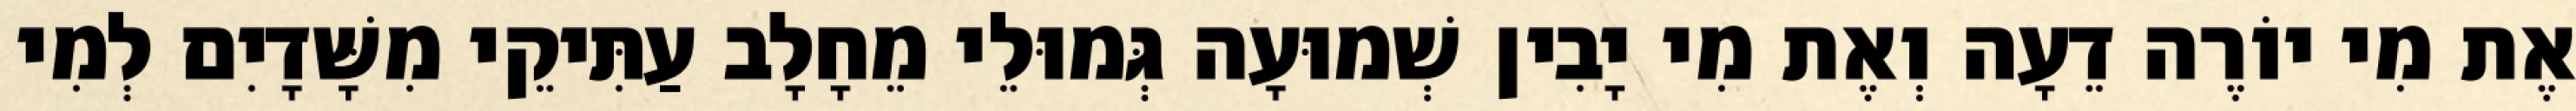
אֶת מִי יוֹרֶה דֵעָה וְאֶת מִי יָבִין שְׁמוּעָה גְּמוּלֵי מֵחָלָב עַתִּיקֵי מִשָּׁדָיִם לְמִי